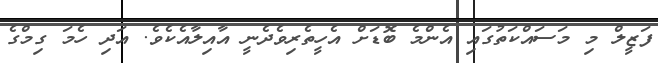
ފަޒީލް މި މަސައްކަތުގައި އެންމެ ބޮޑަށް އެހީތެރިވެދެނީ އާއިލާއެކެވެ. އަދި ހެމަ ގިމްގެ